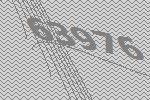
63976